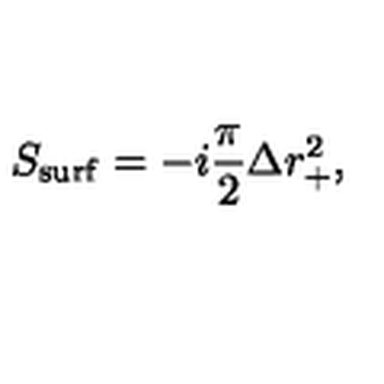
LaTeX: S _ { \mathrm { s u r f } } = - i { \frac { \pi } { 2 } } \Delta r _ { + } ^ { 2 } ,